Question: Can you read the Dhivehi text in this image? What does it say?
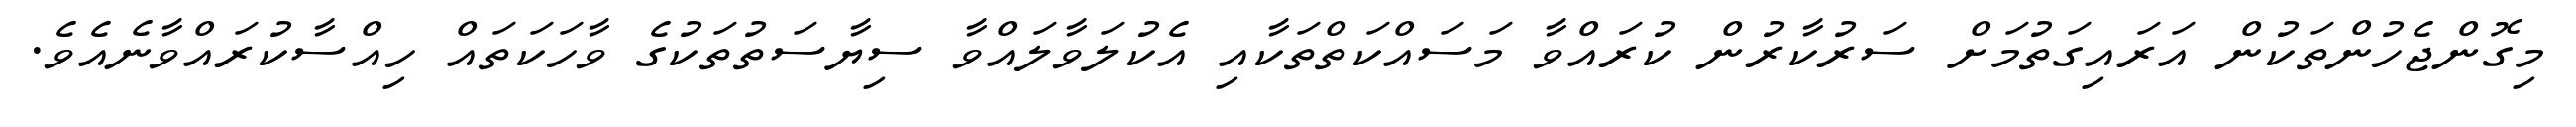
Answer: މިގޮންޖެހުންތަކުން އަރައިގަތުމަށް ސަރުކާރުން ކުރައްވާ މަސައްކަތްތަކާއި އެކުލަވާލައްވާ ސިޔާސަތުތަކުގެ ވާހަކަތައް ހިއްސާކުރައްވާނެއެވެ.